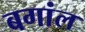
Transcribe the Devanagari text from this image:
बगांल